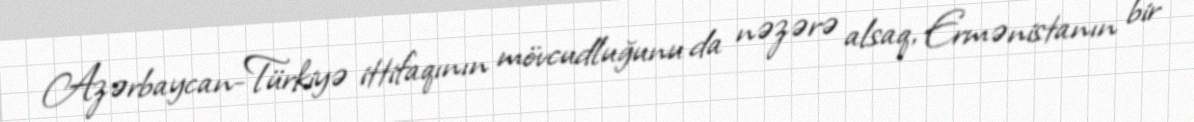
Azərbaycan-Türkiyə ittifaqının mövcudluğunu da nəzərə alsaq, Ermənistanın bir